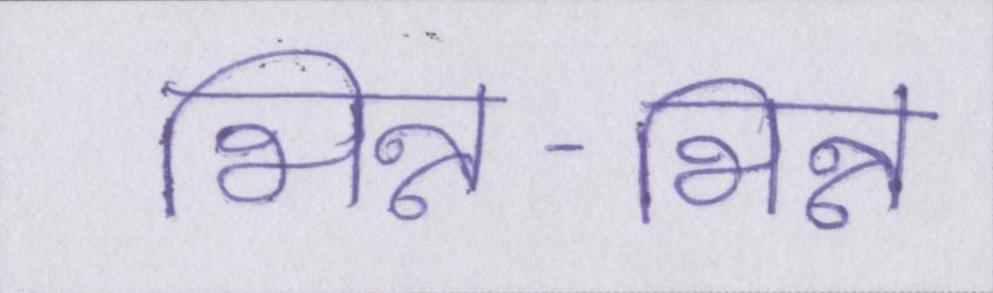
भिन्न-भिन्न